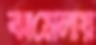
ঝামেলায়